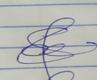
Signature authenticity: genuine